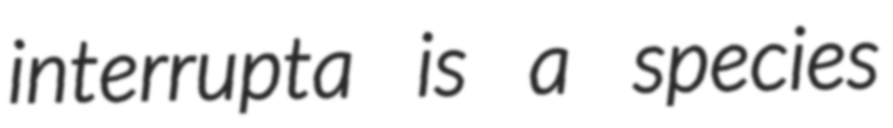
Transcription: interrupta is a species